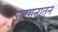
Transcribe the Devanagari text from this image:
उलगनातन